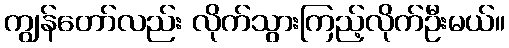
ကျွန်တော်လည်း လိုက်သွားကြည့်လိုက်ဦးမယ်။